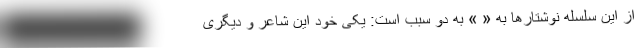
از این سلسله نوشتارها به « » به دو سبب است: یکی خود این شاعر و دیگری